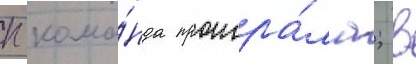
п кома́нда проигра́ла; в